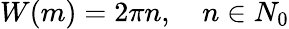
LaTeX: W(m)=2\pi n,\quad n\in N_{0}